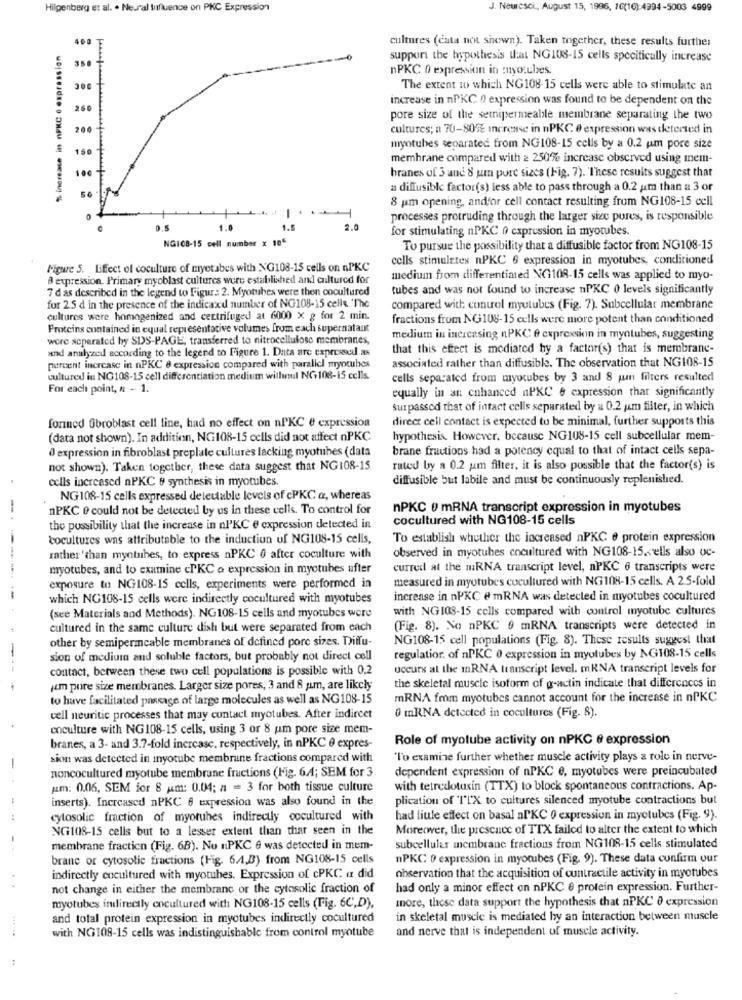
Hilgenberg et al. . Ne.ral Influence on PKC Expression
J. Neuresci ., August 15, 1996, 10(10) 4994-5003 4999
400
cultures (cata not shown). Taken together, these results further
% increase in nPKC 6 expression
support the hypothesis tat NG108-15 cells specifically increase
nPKC 0 expression in tuyoaules.
300
The extent to which NG108 15 cells were able to stimulate an
increase in nPKC 0 expression was found to be dependent on the
260
pore size of the semipermeable membrane separating the two
200
cultures; n 70-80% increase in nPKC e expression was detected in
150
myotubes separated from NG108-15 cells by a 0.2 um pore size
membrane compared with a 250% increase observed using mem-
100
branes of 3 and 8 um pure sizes (Fig. 7). These results suggest that
a diffusible factor(s) less able to pass through a 0.2 um than a 3 or
8 um opening, and'or cell contact resulting from NG108-15 cell
. ..
processes protruding through the larger size pures, is responsible
0.5
1.5
2.0
for stimulating nPKC 0 expression in myotubes.
NG108-15 cell number x 106
To pursue the possibility that a diffusible factor from NG108-15
cells stimulates nPKC 6 expression in myotubes, conditioned
Figure 5. ffect of coculture of myetabes with NG108-15 cells on nPKC
expression. Primary myoblast cultures were established and cultured for
medium from differentiated NG1108-15 cells was applied to myo-
7 d as described in the legend to Figur .: 2. Myotubes were then cocultured
tubes and was not found to increase nPKC 0 levels significantly
fur 2.5 d in the presence of the indicaxd number of NG108-15 celle. 'The
compared with control myutubes (Fig. 7). Subcellular membrane
cultures were homogenized and centrifuged at 6000 x g for 2 min.
fractions from NG108-15 cells were more potent than conditioned
Proteins contained in equal representative volumes from each supernatant
wore separated by SDS-PAGE, transferred to nitrocellulose membranes,
medium in increasing nPKC @ expression in myntubes, suggesting
and analyzed according to the legend to Figure 1. Data are expressed as
that this effect is mediated by a factor(s) that is membrane-
percent increase in nPKC & expression compared with paralicl myotubes
associated rather than diffusible. The observation that NG108-15
cultured in NG108-15 cell differentiation medium willunul NG108-15 cells.
cells separated from myotubes by 3 and 8 juin filters resulted
For each point, # - 1.
equally in an enhanced nPKC 6 expression that significantly
surpassed that of intact cells separated by a 0.2 um filter, in which
direct cell contact is expected to be minimal, further supports this
formed Gbroblast cell line, had no effect on nPKC e expression
(data not shown). In addition, NG108-15 cells did not affect nPKC
hypothesis. However, because NG108-15 cell subcellular mem-
@ expression in fibroblast preplate cultures lacking myotubes (data
brane fractions had a potency equal to that of intact cells sepa-
not shown). Taken together, these data suggest that NG108-15
rated by a 0.2 um filter, it is also possible that the factor(s) is
cells increased nPKC & synthesis in myotubes.
diffusible but labile and must be continuously replenished.
NG108-15 cells expressed detestable levels of cPKC a, whereas
-
nPKC @ could not be detected by us in these cells. To control for
nPKC 0 mRNA transcript expression in myotubes
cocultured with NG108-15 cells
the possibility that the increase in nl'KC e expression detected in
-
tocultures was attributable to the induction uf NG108-15 cells,
To establish whether the increased nPKC e protein expression
observed in myotubes cocultured with NG108-15.cells also oc-
rather 'than myothes, to express nPKC 0 after coculture with
myotubes, and to examine cPKC a expression in myctubes after
curred at the mRNA transcript level, nPKC 6 transcripts were
measured in myotubes cocultured with NG108-15 cells. A 2.5-fold
exposure to NG108-15 cells, experiments were performed in
which NG108-15 cells were indirectly cocultured with myotubes
increase in nPKC # mRNA was detected in myotubes cocultured
with NG108-15 cells compared with control myotube cultures
(see Materials and Methods). NG108-15 cells and myotubes were
cultured in the same culture dish but were separated from each
(Fig. 8). No nPKC 9 mRNA transcripts were detected in
other by semipermeable membranes of defined pore sizes. Diffu-
NG108-15 cell populations (Fig. 8). These results suggest that
sion of medium and soluble factors, but probably not direct cell
regulatior. of nPKC 0 expression in myotubes by NG108-15 cells
contact, between these two cell populations is possible with 0.2
occurs at the mRNA transcript level. mRNA transcript levels for
the skeletal muscle isoform of g-actin indicate that differences in
i'm pore size membranes. Larger size pores, 3 and & yum, are likely
to have facilitated passage of large molecules as well as NG108-15
mRNA fmm myotubes cannot account for the increase in nPKC
cell neuritic processes that may contact myotubes. After indircet
0 mRNA detected in cocultures (Fig. 8).
enculture with NG108-15 cells, using 3 or 8 um pore size mem-
Role of myotube activity on nPKC @ expression
branes, a 3- and 3.7-fold increase, respectively, in nPKC 0 expres-
sim was detected in inyotube membrane fractions compared with
"To examine further whether muscle activity plays a role in nerve-
-
dependent expression of nPKC e, myotubes were preincubated
noncocultured myotube membrane fractions (Fig. 6.4; SEM for 3
um: 0.06, SEM for 8 um: 0.04; a = 3 for both tissue culture
with tetredotusin (TTX) to block spontaneous contractions. Ap-
-
inserts). Increased nPKC 6 expression was also found in the
plication of ITX to cultures silenced myotube contractions but
cytosolic fraction of myoruhes indirectly oocultured with
had little effect on basal nlKC 0 expression in myotubes (Fig. 9).
NG108-15 cells but to a lesser extent than that seen in the
Moreower, the presence of TTX failed to alter the extent to which
-
membrane fraction (Fig. 6B). No nPKC 6 was detected in mem-
subcellular membrane fractions from NG108-15 cells stimulated
brane or cytosolie fractions (Fig. 6.4,B) from NG108-15 cells
nPKC 0 expression in myotubes (Fig. 9). These data confirm our
indirectly cocultured with myotubes. Expression of cPKC az did
observation that the acquisition of contractile activity in myotubes
not change in either the membranc or the cytosolic fraction of
had only a minor effect on nPKC 8 protein expression. Further-
more, these data support the hypothesis that nPKC' 0 expression
myotubes indirectly encultured with NG108-15 cells (Fig. 6C,D),
and total protein expression in myotubes indirectly cocultured
in skeletal muscle is mediated by an interaction between muscle
and nerve that is independent of muscle activity.
with NG108-15 cells was indistinguishable from control myotube